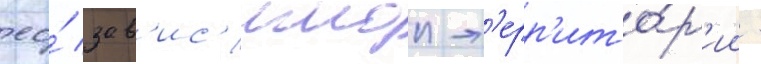
ео́ зав'ис'имои т'ерр'ито́р'ии -